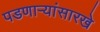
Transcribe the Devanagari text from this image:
पडणाऱ्यांसारखे